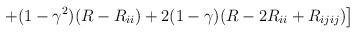
LaTeX: \begin{align*}\left.+(1-\gamma^2)(R-R_{ii})+2(1-\gamma)(R- 2 R_{ii}+R_{ijij})\right]~~~\end{align*}